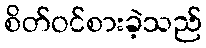
စိတ်ဝင်စားခဲ့သည်